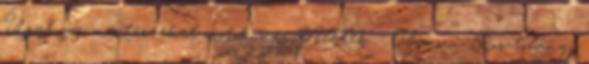
Úgyhogy ma terveket osztok meg Veletek. : Olvasni: Kosztolányi